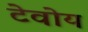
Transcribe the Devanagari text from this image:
टेवोय